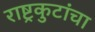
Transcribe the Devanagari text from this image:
राष्ट्रकुटांचा